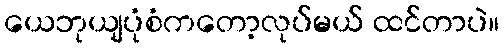
ယေဘုယျပုံစံကတော့လုပ်မယ် ထင်တာပဲ။